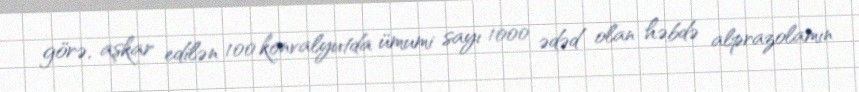
görə, aşkar edilən 100 konvalyutda ümumi sayı 1000 ədəd olan həbdə alprazolamın